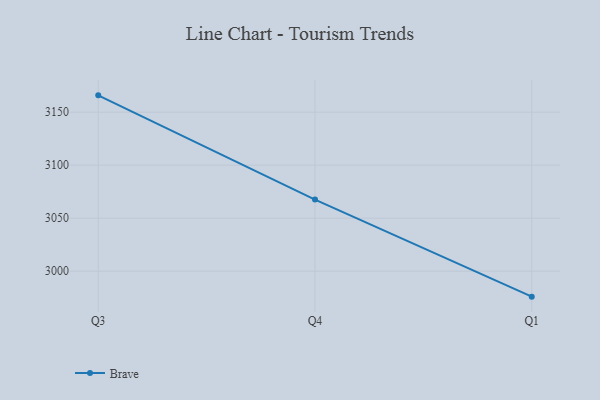
{"axis": {"x": "Quarter", "y": "LTV (USD)"}, "legend": ["Brave"], "data": [{"x": "Q3", "y": 3165.9, "type": "Brave"}, {"x": "Q4", "y": 3067.5, "type": "Brave"}, {"x": "Q1", "y": 2975.9, "type": "Brave"}]}